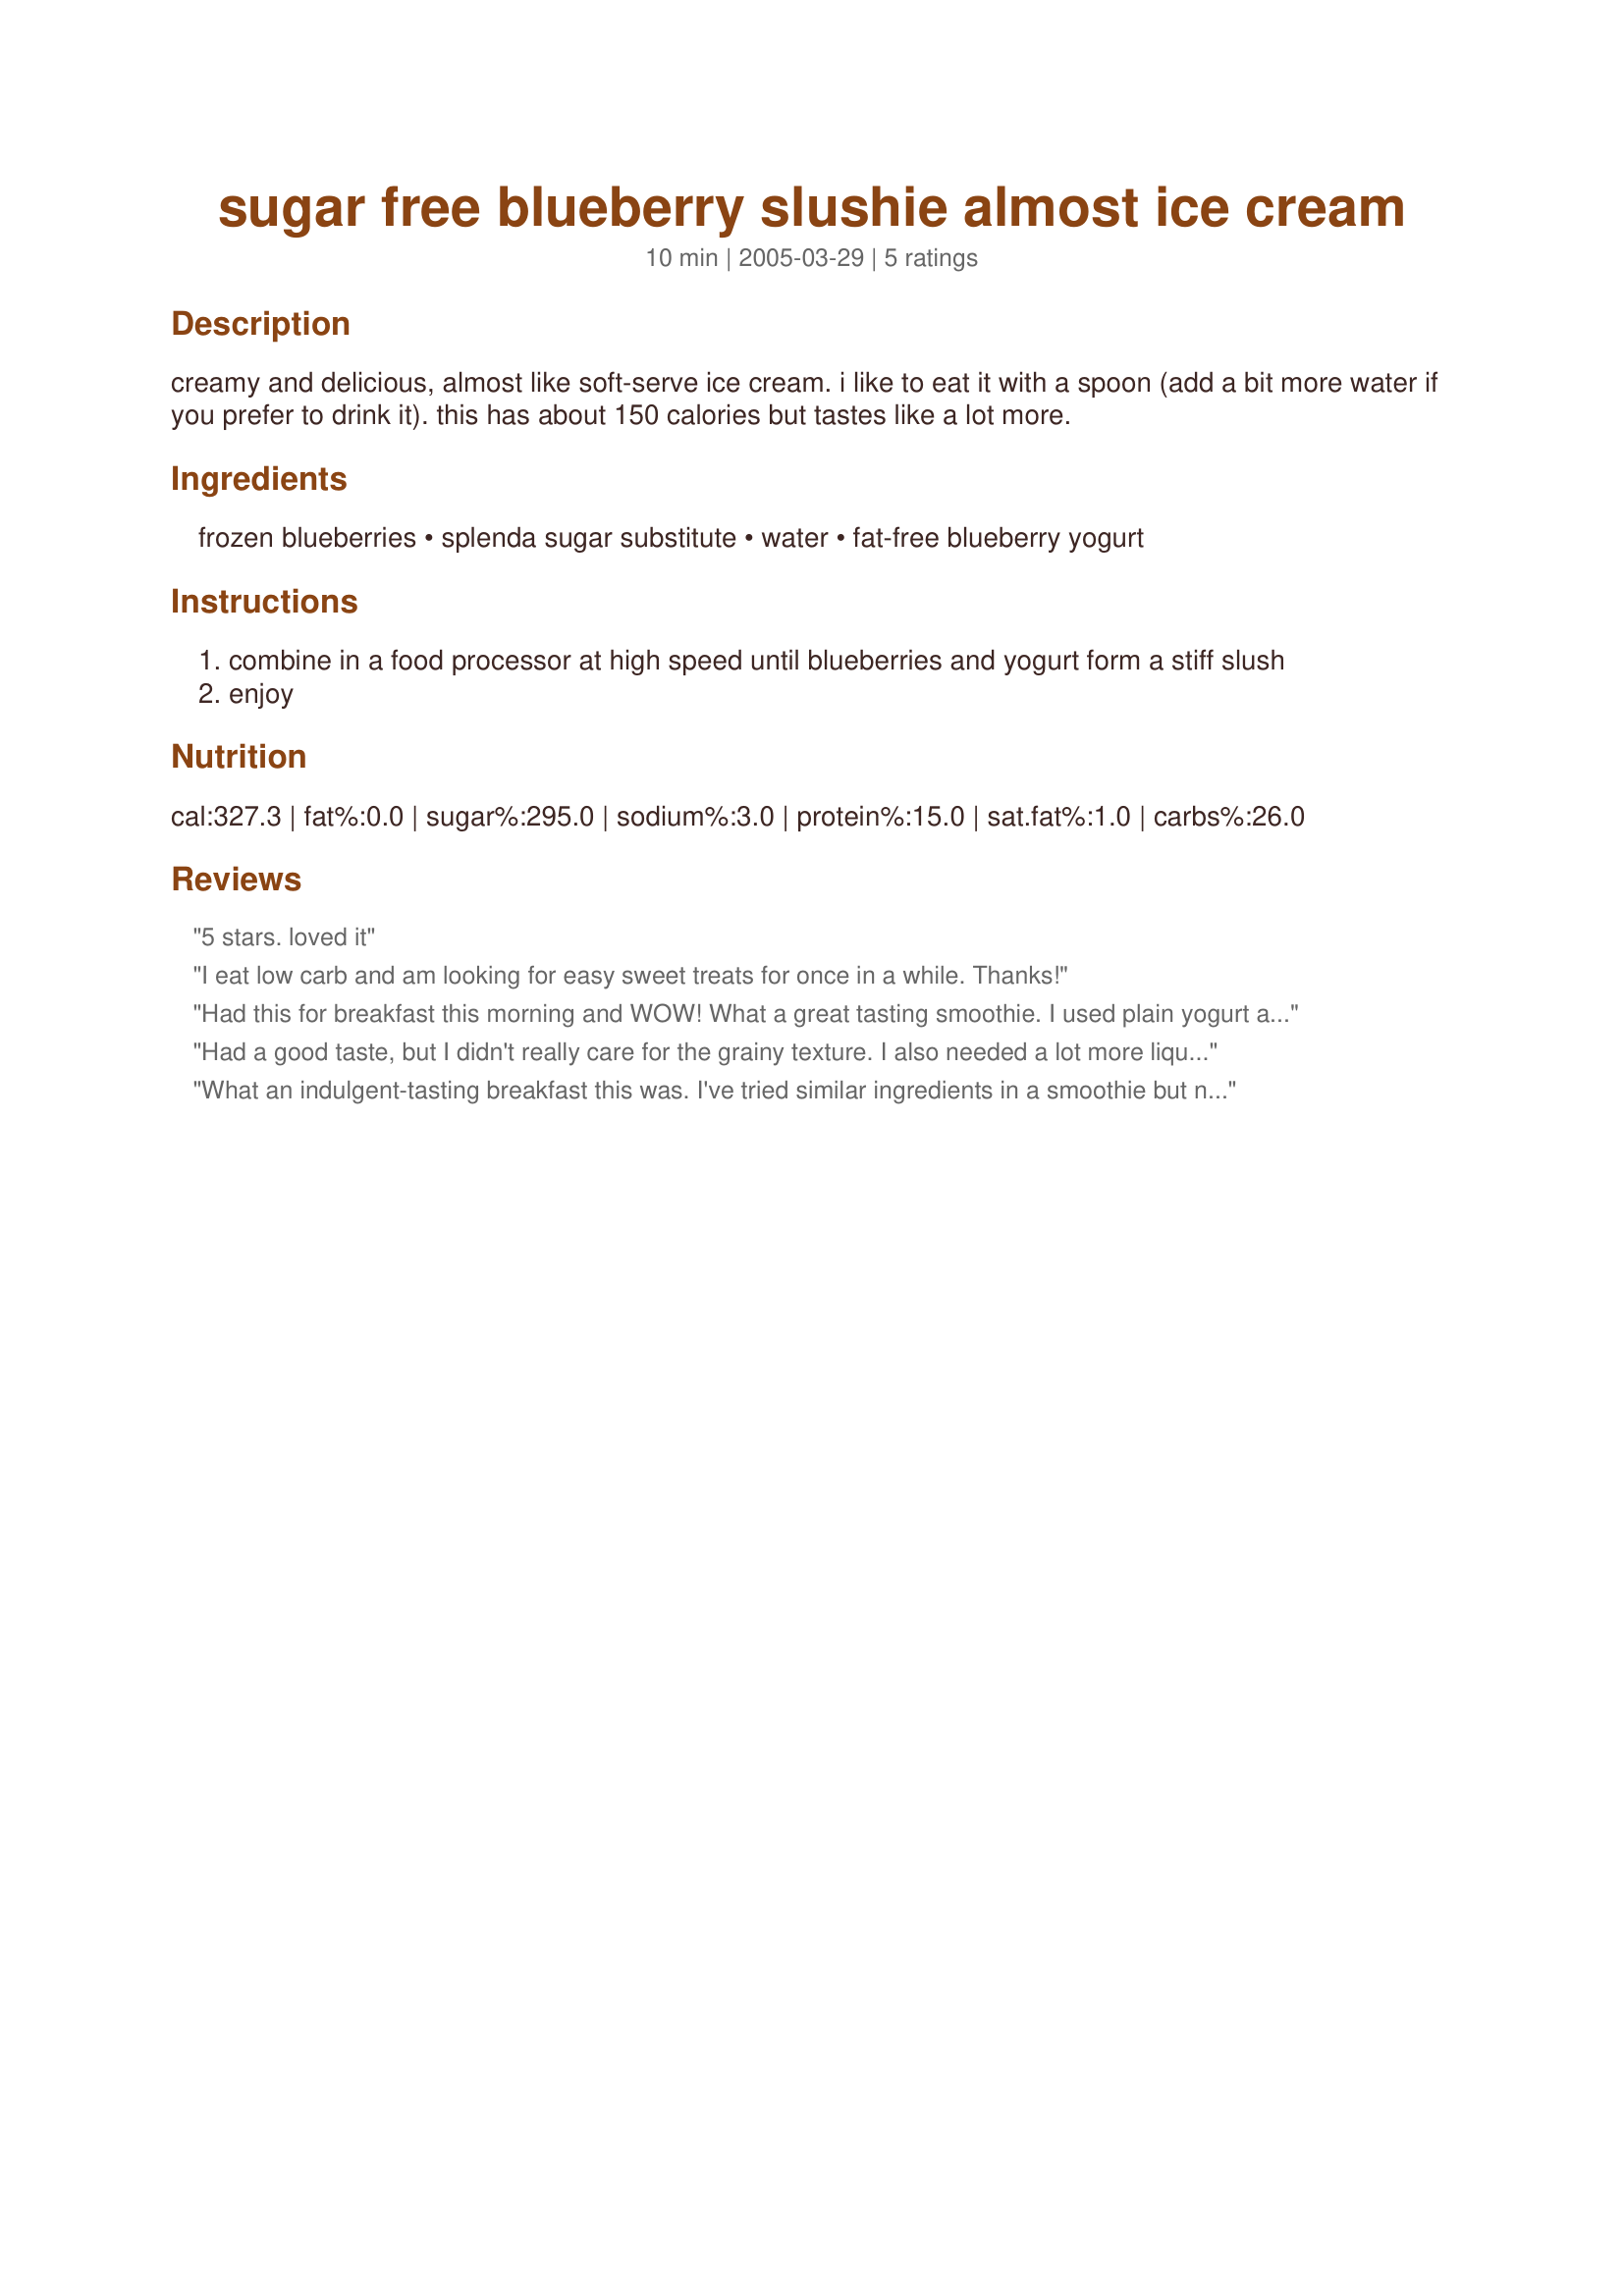
sugar free blueberry slushie almost ice cream
Preparation time: 10 minutes

creamy and delicious, almost like soft-serve ice cream. i like to eat it with a spoon (add a bit more water if you prefer to drink it). this has about 150 calories but tastes like a lot more.

Ingredients:
frozen blueberries, splenda sugar substitute, water, fat-free blueberry yogurt

Steps:
combine in a food processor at high speed until blueberries and yogurt form a stiff slush
enjoy

Reviews:
5 stars. loved it
I eat low carb and am looking for easy sweet treats for once in a while. Thanks!
Had this for breakfast this morning and WOW! What a great tasting smoothie. I used plain yogurt as that is what I had available, and a little berry splash instead of the water. I shared with a co-worker and we both agree this is the best tasting smoothie we have ever had. Thanks so much for posting!.
Had a good taste, but I didn't really care for the grainy texture. I also needed a lot more liquid just to get it to mix in my blender...I don't know maybe my blender sucks!
What an indulgent-tasting breakfast this was. I've tried similar ingredients in a smoothie but never as "frozen yogurt". Why didn't I think of that? Wonderful.
